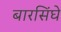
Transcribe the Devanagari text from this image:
बारसिंघे